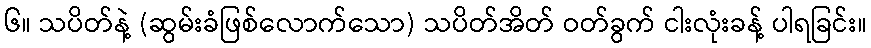
၆။ သပိတ်နဲ့ (ဆွမ်းခံဖြစ်လောက်သော) သပိတ်အိတ် ဝတ်ခွက် ငါးလုံးခန့် ပါရခြင်း။